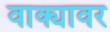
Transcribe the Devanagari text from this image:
वाक्यावर